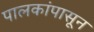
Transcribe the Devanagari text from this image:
पालकांपासून